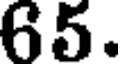
65.